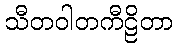
သီတဝါတကီဠိတာ